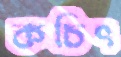
কচিৎ